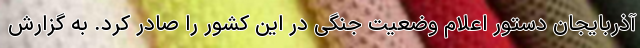
آذربایجان دستور اعلام وضعیت جنگی در این کشور را صادر کرد. به گزارش